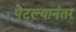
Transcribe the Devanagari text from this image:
पेटल्यानंतर